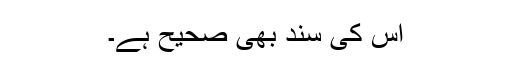
اس کی سند بھی صحیح ہے۔